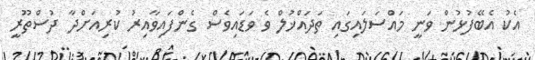
އެކު އެބޭފުޅުން ވަނީ މައްސަލައިގައި ތަދައްޚުލް ވެ ވަޑައިވެސް ގެންފައިވާއިރު ކުރިއަށްދާ ދުސްތޫރީ